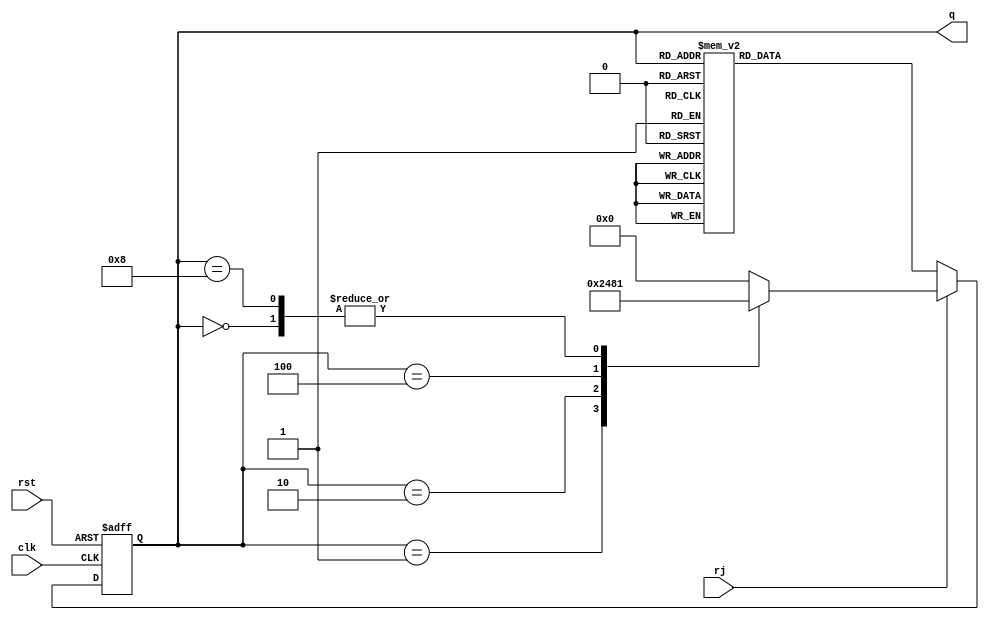
`timescale 1ns / 1ps
//////////////////////////////////////////////////////////////////////////////////
// Creator: Utkarsha Dongarjal
// Github channel name: utkarshad21
// Module Name: rj_counter
// Project Name: Verilog code of Ring and Johnson Counter
//////////////////////////////////////////////////////////////////////////////////

module rj_counter(output reg [3:0] q, input clk, input rst, input rj);
always@ (posedge clk or posedge rst) 
begin
if (rst) begin
q<=4'd0;
end
else if (rj)
begin
q<=4'd0;
case (q)
4'd0: q<=4'd1;
4'd1: q<=4'd2;
4'd2: q<=4'd4;
4'd4: q<=4'd8;
4'd8: q<=4'd1;
endcase
end
else 
begin
case (q)
4'd0: q<=4'd8;
4'd8: q<=4'd12;
4'd12: q<=4'd14;
4'd14: q<=4'd15;
4'd15: q<=4'd7;
4'd7: q<=4'd3;
4'd3: q<=4'd1;
4'd1: q<=4'd0;
default:q<=4'd0;
endcase
end
end
endmodule